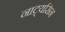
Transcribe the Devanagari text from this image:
नाट्यसिने